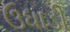
ઉધાડી